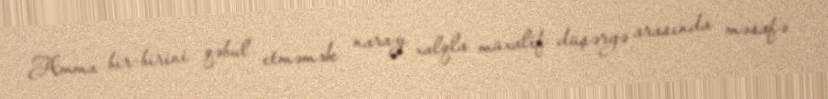
Amma bir-birini qəbul etməmək narazı xalqla müxalif düşərgə arasında məsafə